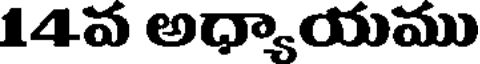
14వ అధ్యాయము